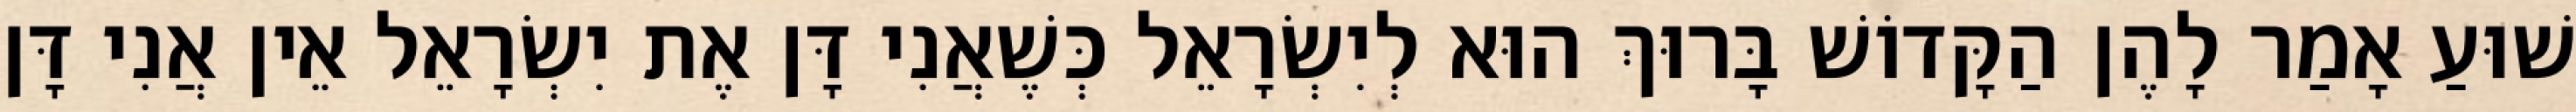
שׁוּעַ אָמַר לָהֶן הַקָּדוֹשׁ בָּרוּךְ הוּא לְיִשְׂרָאֵל כְּשֶׁאֲנִי דָּן אֶת יִשְׂרָאֵל אֵין אֲנִי דָּן